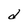
Character: d